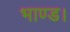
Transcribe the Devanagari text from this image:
भाण्ड।